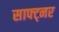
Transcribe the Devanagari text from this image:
साफ्ट्नर